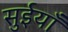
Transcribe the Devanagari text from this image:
सुईयाँ